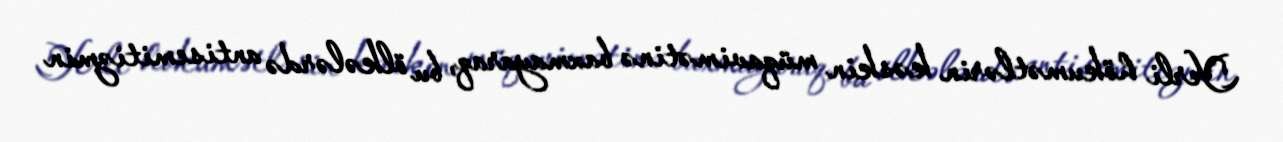
Yerli hökumətlərin kəskin müqavimətinə baxmayaraq, bu ölkələrdə antisemitizmin